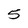
Character: 5